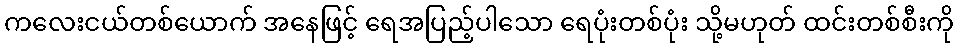
ကလေးငယ်တစ်ယောက် အနေဖြင့် ရေအပြည့်ပါသော ရေပုံးတစ်ပုံး သို့မဟုတ် ထင်းတစ်စီးကို